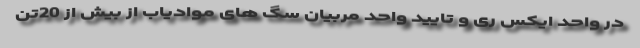
در واحد ایکس ری و تایید واحد مربیان سگ های موادیاب از بیش از 20تن